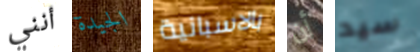
أنني الجيدة بالاسبانية أن سيد